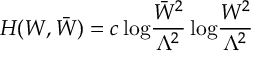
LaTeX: { \cal H } ( W , \bar { W } ) = c \, \mathrm { l o g } \frac { \bar { W } ^ { 2 } } { \Lambda ^ { 2 } } \, \mathrm { l o g } \frac { W ^ { 2 } } { \Lambda ^ { 2 } }